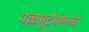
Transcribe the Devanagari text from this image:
पळपुटेपणाचे